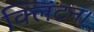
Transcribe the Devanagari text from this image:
क्लिंटन।